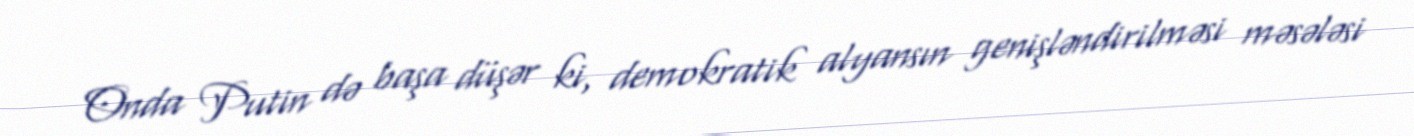
Onda Putin də başa düşər ki, demokratik alyansın genişləndirilməsi məsələsi